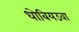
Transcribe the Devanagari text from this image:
धोबियउवा